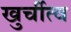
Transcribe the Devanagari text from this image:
खुर्चीत्व